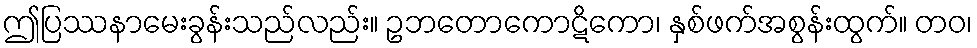
ဤပြဿနာမေးခွန်းသည်လည်း။ ဥဘတောကောဋိကော၊ နှစ်ဖက်အစွန်းထွက်။ တဝ၊